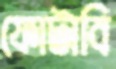
ফোটাবি